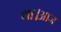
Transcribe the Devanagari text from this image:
था।आज